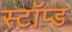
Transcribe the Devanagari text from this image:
स्टॉप्ड